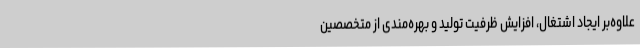
علاوه‌بر ایجاد اشتغال، افزایش ظرفیت تولید و بهره‌مندی از متخصصین